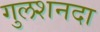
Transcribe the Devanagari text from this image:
गुलशनदा